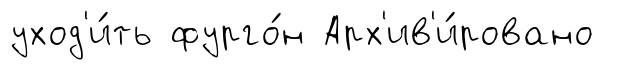
уход'и́ть фурго́н Арх'ив'и́ровано